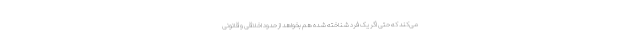
می‌کند که حتی اگر یک فرد شناخته شده هم بخواهد از حدود اخلاقی و قانونی